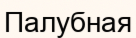
Палубная